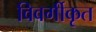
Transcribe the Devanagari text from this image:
विवर्गीकृत